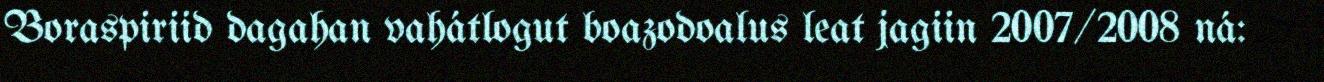
Boraspiriid dagahan vahátlogut boazodoalus leat jagiin 2007/2008 ná: